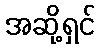
အဆို့ရှင်